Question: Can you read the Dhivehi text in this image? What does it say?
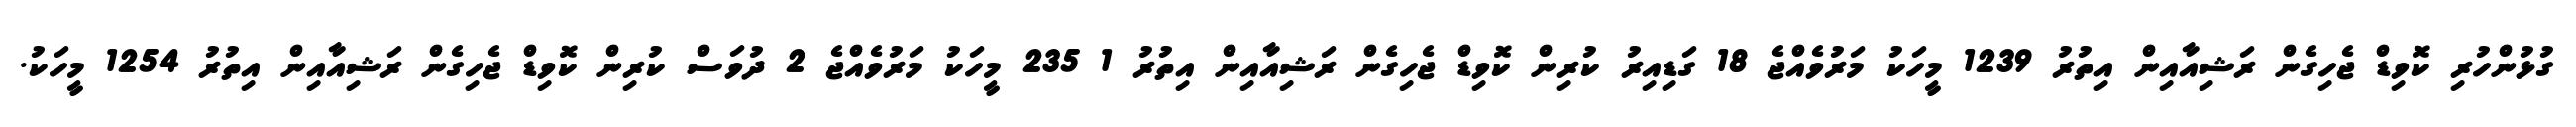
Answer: ގުޅުންހުރި ކޮވިޑް ޖެހިގެން ރަޝިއާއިން އިތުރު 1239 މީހަކު މަރުވެއްޖެ 18 ގަޑިއިރު ކުރިން ކޮވިޑް ޖެހިގެން ރަޝިއާއިން އިތުރު 1 235 މީހަކު މަރުވެއްޖެ 2 ދުވަސް ކުރިން ކޮވިޑް ޖެހިގެން ރަޝިއާއިން އިތުރު 1254 މީހަކު.